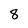
Character: 8